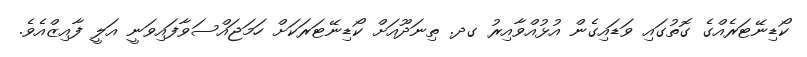
ކޯޑިނޭޓަރެއްގެ ގޮތުގައި ވަޑައިގެން އުޅުއްވާއިރު ގދ. ތިނަދޫއަށް ކޯޑިނޭޓަރަކަށް ހަމަޖައްސަވާފައިވަނީ އަލީ ފާއިޒްއެވެ.